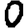
Digit: 0